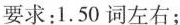
要求：1.50词左右；